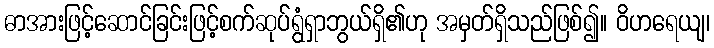
ဓာအားဖြင့်ဆောင်ခြင်းဖြင့်စက်ဆုပ်ရွံရှာဘွယ်ရှိ၏ဟု အမှတ်ရှိသည်ဖြစ်၍။ ဝိဟရေယျ၊